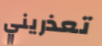
تعذريني